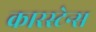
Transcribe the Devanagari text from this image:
कारस्टेन्स